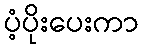
ပံ့ပိုးပေးကာ